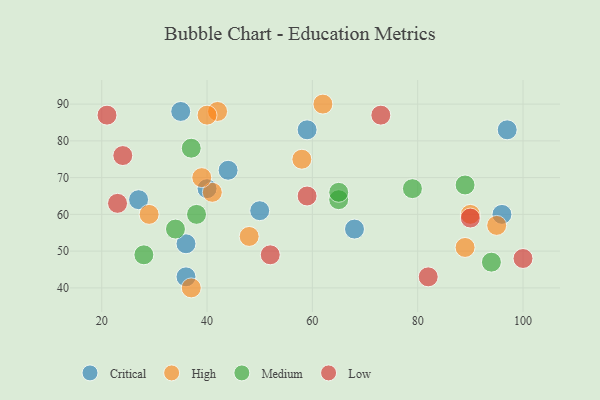
{"axis": {"x": "GDP", "y": "Life Expectancy"}, "legend": ["Critical", "High", "Low", "Medium"], "data": [{"x": "50", "y": 61, "type": "Critical"}, {"x": "40", "y": 67, "type": "Critical"}, {"x": "68", "y": 56, "type": "Critical"}, {"x": "59", "y": 83, "type": "Critical"}, {"x": "35", "y": 88, "type": "Critical"}, {"x": "27", "y": 64, "type": "Critical"}, {"x": "36", "y": 52, "type": "Critical"}, {"x": "44", "y": 72, "type": "Critical"}, {"x": "36", "y": 43, "type": "Critical"}, {"x": "97", "y": 83, "type": "Critical"}, {"x": "96", "y": 60, "type": "Critical"}, {"x": "48", "y": 54, "type": "High"}, {"x": "41", "y": 66, "type": "High"}, {"x": "62", "y": 90, "type": "High"}, {"x": "39", "y": 70, "type": "High"}, {"x": "42", "y": 88, "type": "High"}, {"x": "40", "y": 87, "type": "High"}, {"x": "58", "y": 75, "type": "High"}, {"x": "37", "y": 40, "type": "High"}, {"x": "95", "y": 57, "type": "High"}, {"x": "29", "y": 60, "type": "High"}, {"x": "90", "y": 60, "type": "High"}, {"x": "89", "y": 51, "type": "High"}, {"x": "65", "y": 64, "type": "Medium"}, {"x": "37", "y": 78, "type": "Medium"}, {"x": "79", "y": 67, "type": "Medium"}, {"x": "65", "y": 66, "type": "Medium"}, {"x": "28", "y": 49, "type": "Medium"}, {"x": "34", "y": 56, "type": "Medium"}, {"x": "89", "y": 68, "type": "Medium"}, {"x": "38", "y": 60, "type": "Medium"}, {"x": "94", "y": 47, "type": "Medium"}, {"x": "82", "y": 43, "type": "Low"}, {"x": "52", "y": 49, "type": "Low"}, {"x": "21", "y": 87, "type": "Low"}, {"x": "73", "y": 87, "type": "Low"}, {"x": "90", "y": 59, "type": "Low"}, {"x": "59", "y": 65, "type": "Low"}, {"x": "100", "y": 48, "type": "Low"}, {"x": "24", "y": 76, "type": "Low"}, {"x": "23", "y": 63, "type": "Low"}]}